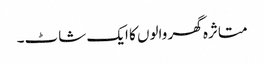
متاثرہ گھر والوں کا ایک شاٹ۔